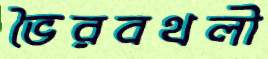
ভৈরবথলী